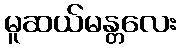
မူဆယ်မန္တလေး